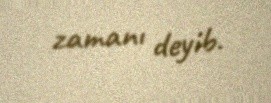
zamanı deyib.